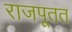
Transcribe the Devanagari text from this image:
राजपूतत